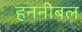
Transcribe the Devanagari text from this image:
हननीबल